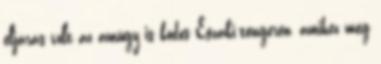
eljárás volt az amúgy is ködös Északi-tengeren, amihez még